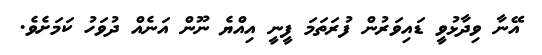
އޭނާ ވިދާޅުވީ ޑައިވަރުން ފުރަތަމަ ފީނީ އިއްޔެ ނޫން އަނެއް ދުވަހު ކަމަށެވެ.